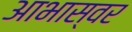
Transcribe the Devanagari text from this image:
आभास्वर